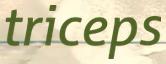
triceps